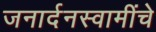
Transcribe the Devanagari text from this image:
जनार्दनस्वामींचे